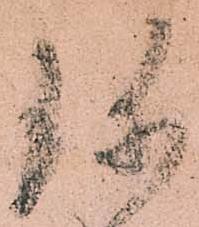
珎